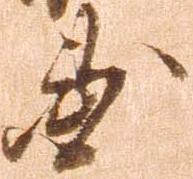
国